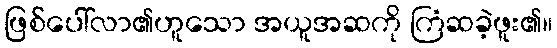
ဖြစ်ပေါ်လာ၏ဟူသော အယူအဆကို ကြံဆခဲ့ဖူး၏။